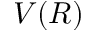
V ( R )